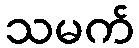
သမက်